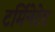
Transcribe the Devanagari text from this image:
टर्मिनेटेड